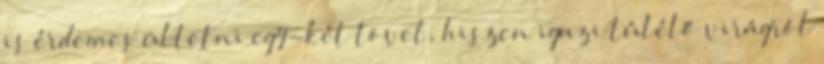
is érdemes ültetni egy-két tövet, hiszen igazi túlélő virágról